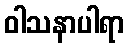
ဝါသနာပါရာ